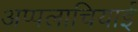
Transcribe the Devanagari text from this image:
अप्पलाचियाई